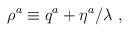
LaTeX: \begin{align*}\rho^a \equiv q^a + \eta^a / \lambda ~,\end{align*}